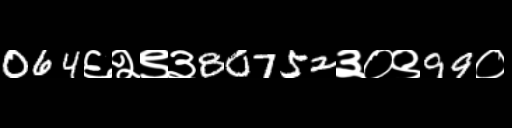
Text: 064६२९३80752३०९99०